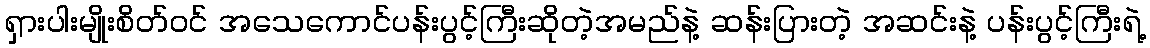
ရှားပါးမျိုးစိတ်ဝင် အသေကောင်ပန်းပွင့်ကြီးဆိုတဲ့အမည်နဲ့ ဆန်းပြားတဲ့ အဆင်းနဲ့ ပန်းပွင့်ကြီးရဲ့